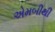
એમબીથી